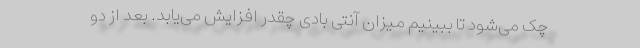
چک می‌شود تا ببینیم میزان آنتی بادی چقدر افزایش می‌یابد. بعد از دو